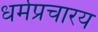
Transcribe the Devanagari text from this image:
धर्मप्रचारय